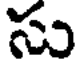
సు